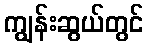
ကျွန်းဆွယ်တွင်